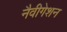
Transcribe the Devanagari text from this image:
नैवीगेशन